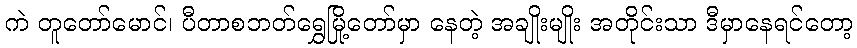
ကဲ တူတော်မောင်၊ ပီတာစဘတ်ရွှေမြို့တော်မှာ နေတဲ့ အချိုးမျိုး အတိုင်းသာ ဒီမှာနေရင်တော့